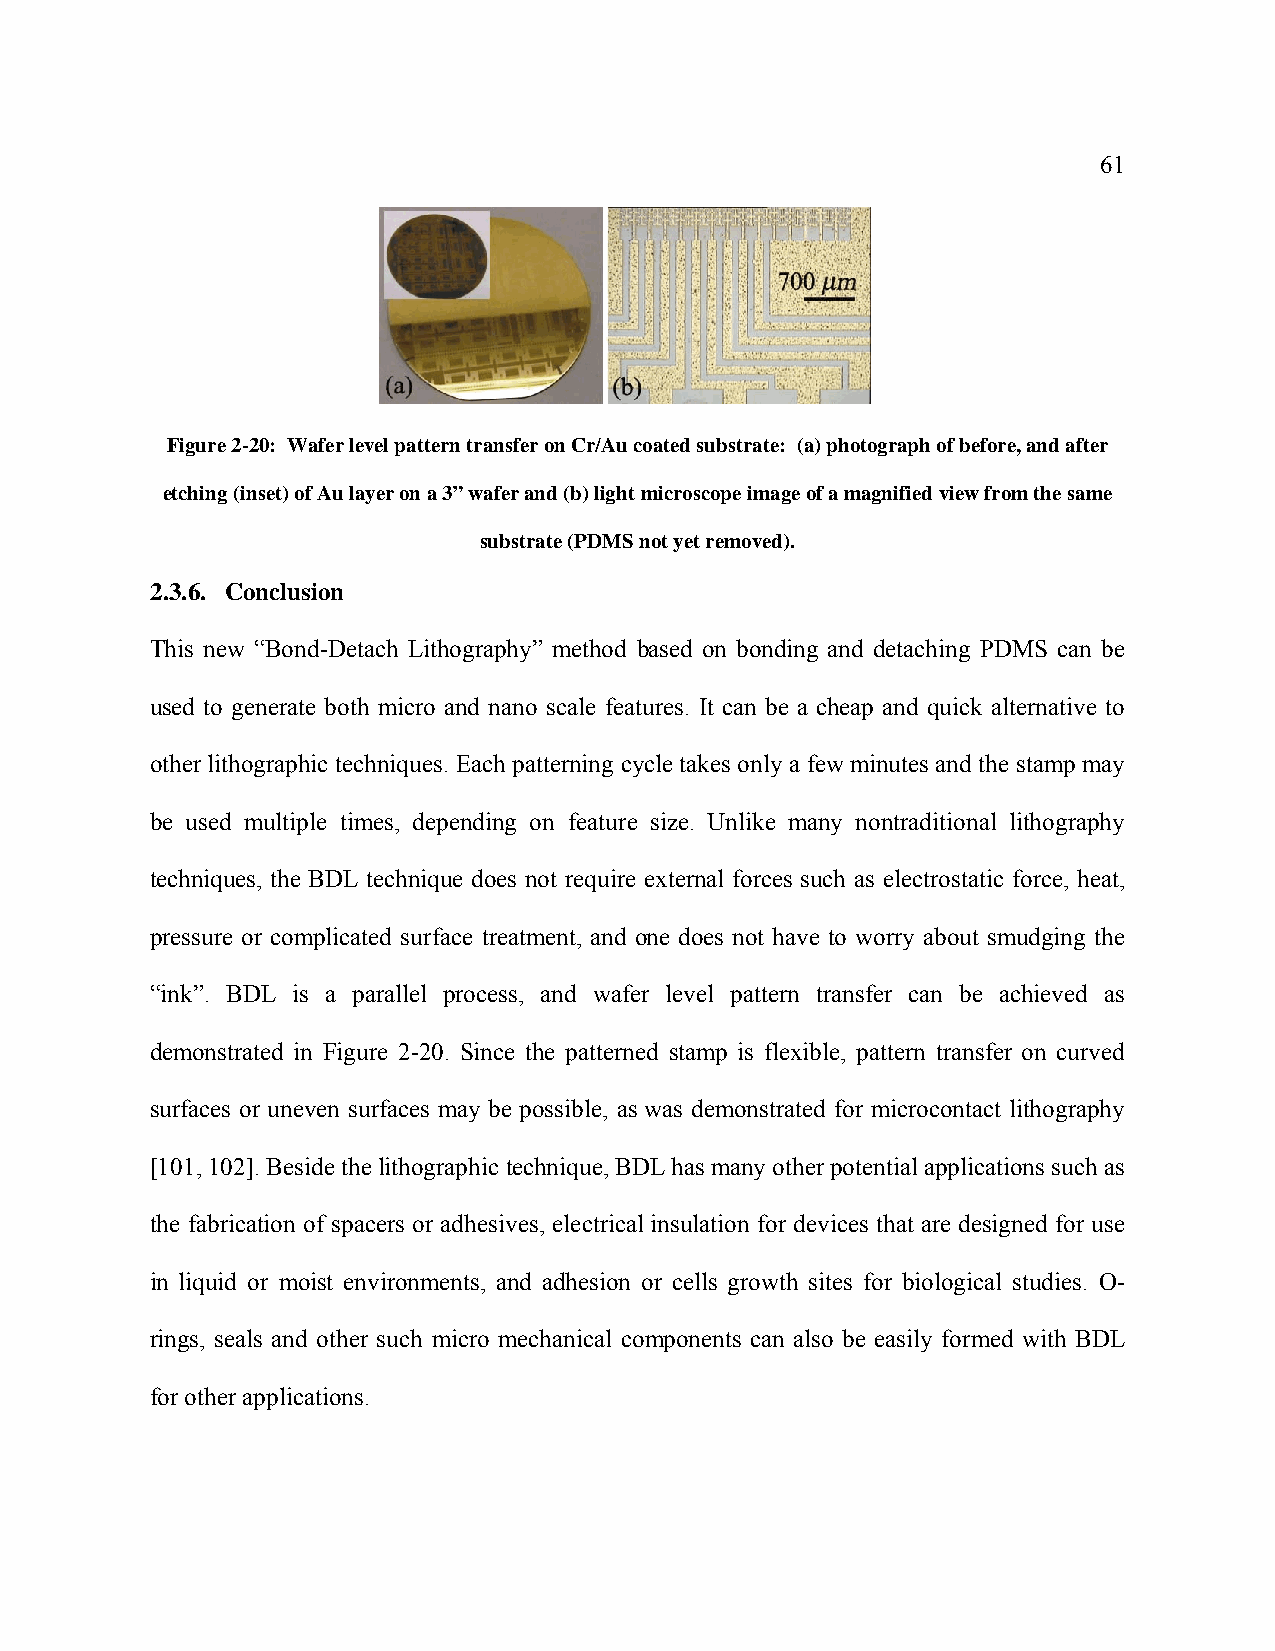
61
 Figure 2-20: Wafer level pattern transfer on Cr/Au coated substrate: (a) photograph of before, and after
 etching (inset) of Au layer on a 3” wafer and (b) light microscope image of a magnified view from the same
 substrate (PDMS not yet removed).
 2.3.6. Conclusion
 This new “Bond-Detach Lithography” method based on bonding and detaching PDMS can be
 used to generate both micro and nano scale features. It can be a cheap and quick alternative to
 other lithographic techniques. Each patterning cycle takes only a few minutes and the stamp may
 be used multiple times, depending on feature size. Unlike many nontraditional lithography
 techniques, the BDL technique does not require external forces such as electrostatic force, heat,
 pressure or complicated surface treatment, and one does not have to worry about smudging the
 “ink”. BDL is a parallel process, and wafer level pattern transfer can be achieved as
 demonstrated in Figure 2-20. Since the patterned stamp is flexible, pattern transfer on curved
 surfaces or uneven surfaces may be possible, as was demonstrated for microcontact lithography
 [101, 102]. Beside the lithographic technique, BDL has many other potential applications such as
 the fabrication of spacers or adhesives, electrical insulation for devices that are designed for use
 in liquid or moist environments, and adhesion or cells growth sites for biological studies. O-
 rings, seals and other such micro mechanical components can also be easily formed with BDL
 for other applications.